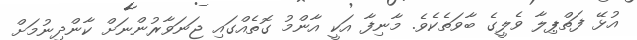
އުޅޭ ފަތްޕިލާ ވެލީގެ ބާވަތެކެވެ. މާނިފާ އަކީ އާންމު ގޮތެއްގައި ޖަނަވާރުންނަށް ކާންދިނުމަށް